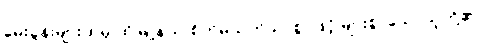
မေးခွန်းများထဲမှ ထိုမြို့နယ် စိတ်မသက်သာစွာဖြင့် များစွာသောသူတို့၏